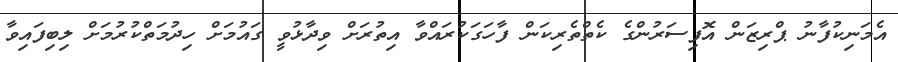
އެމަނިކުފާނު ޕްރިޒަން އޮފިސަރުންގެ ކެތްތެރިކަން ފާހަގަކުރައްވާ އިތުރަށް ވިދާޅުވީ ގައުމަށް ހިދުމަތްކުރުމަށް ލިބިފައިވާ